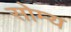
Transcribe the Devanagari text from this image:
सोम्य